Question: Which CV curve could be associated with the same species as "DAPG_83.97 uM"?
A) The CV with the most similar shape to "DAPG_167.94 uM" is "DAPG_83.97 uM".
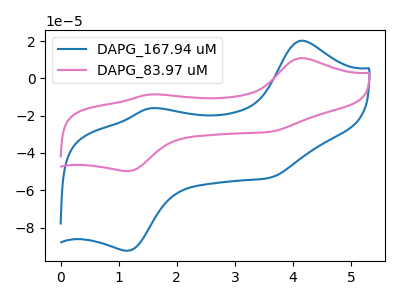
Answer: <think>The blue curve "DAPG_167.94 uM" has anodic peaks at (4.15V, 20.15uA) (1.55V, -16.15uA) and cathodic peaks at (1.15V, -92.40uA) (3.60V, -53.30uA). The pink curve "DAPG_83.97 uM" has anodic peaks at (4.15V, 10.85uA) (1.55V, -8.70uA) and cathodic peaks at (1.15V, -49.70uA) (3.60V, -28.65uA).
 All the peaks in "DAPG_167.94 uM" have a peak in "DAPG_83.97 uM" at the same potential.</think>
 <answer>A) The CV with the most similar shape to "DAPG_167.94 uM" is "DAPG_83.97 uM".</answer>
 <eval>A</eval>